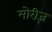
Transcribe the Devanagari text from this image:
मोरीज़